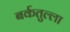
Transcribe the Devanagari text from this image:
बर्कतुल्ला